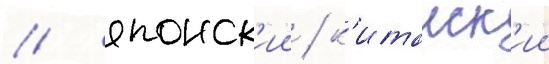
/ японск'ии / к'итаиск'ии